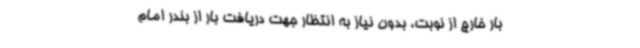
بار خارج از نوبت، بدون نیاز به انتظار جهت دریافت بار از بندر امام